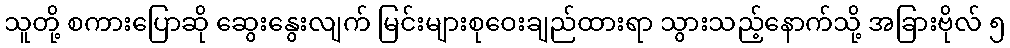
သူတို့ စကားပြောဆို ဆွေးနွေးလျက် မြင်းများစုဝေးချည်ထားရာ သွားသည့်နောက်သို့ အခြားဗိုလ် ၅